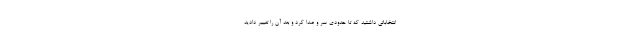
انتخاباتی داشتید که تا حدودی سر و صدا کرد و بعد آن را تغییر دادید